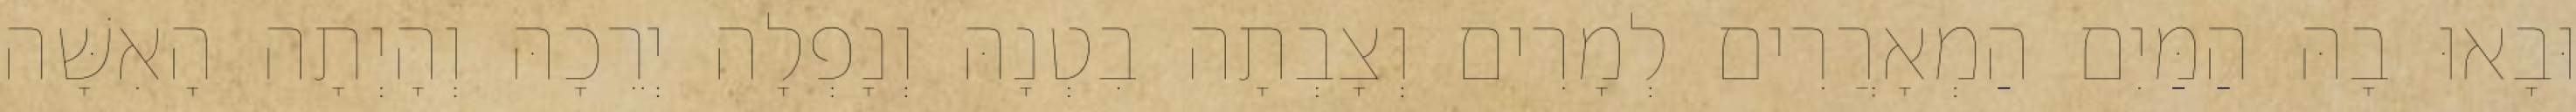
וּבָאוּ בָהּ הַמַּיִם הַמְאָרֲרִים לְמָרִים וְצָבְתָה בִטְנָהּ וְנָפְלָה יְרֵכָהּ וְהָיְתָה הָאִשָּׁה